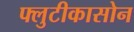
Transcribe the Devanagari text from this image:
फ्लुटीकासोन